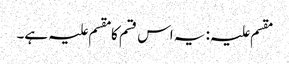
مقسم علیہ: یہ اس قسم کا مقسم علیہ ہے۔